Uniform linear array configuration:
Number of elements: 16
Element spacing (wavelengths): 0.5
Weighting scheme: cosine
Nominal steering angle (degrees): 45
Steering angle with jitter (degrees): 43.63
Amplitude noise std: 0.05
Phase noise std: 0.05

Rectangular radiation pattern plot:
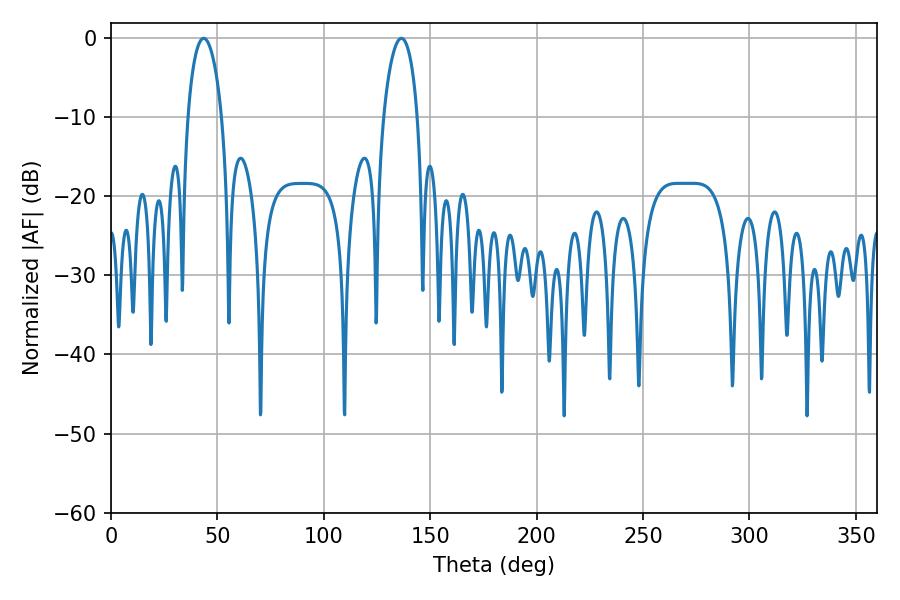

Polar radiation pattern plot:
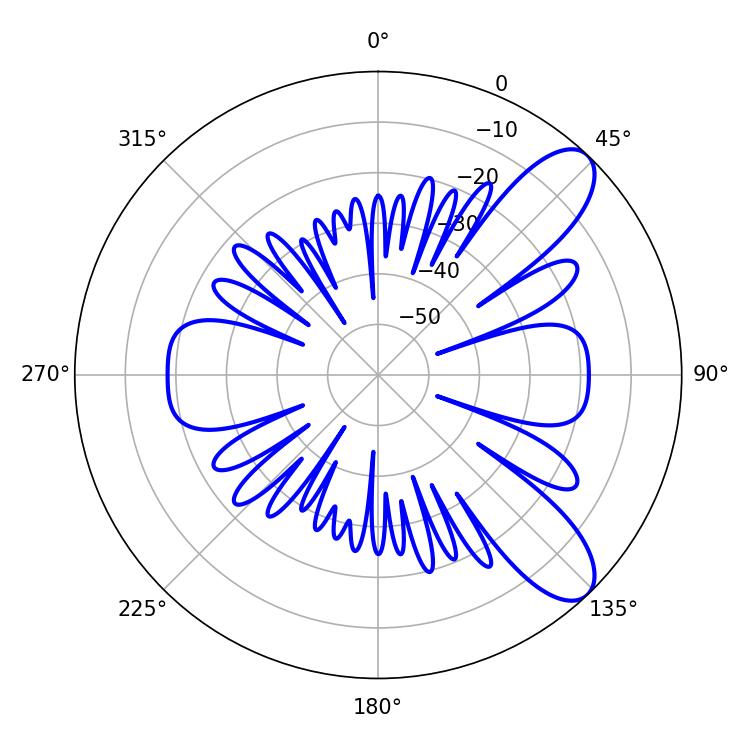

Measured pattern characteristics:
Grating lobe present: FALSE
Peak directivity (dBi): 9.291
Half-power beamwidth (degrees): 9
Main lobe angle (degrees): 43.56